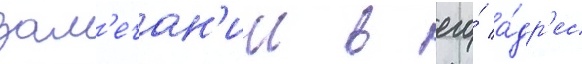
зам'ечан'ии в его́ а́др'ес